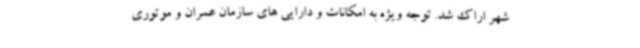
شهر اراک شد. توجه ویژه به امکانات و دارایی های سازمان عمران و موتوری